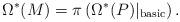
LaTeX: \begin{align*}\Omega^{*}(M) = \pi \left( \Omega^{*}(P)\vert_{{\rm basic}} \right). \end{align*}